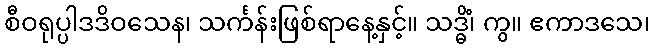
စီဝရုပ္ပါဒဒိဝသေန၊ သင်္ကန်းဖြစ်ရာနေ့နှင့်။ သဒ္ဓိံ၊ ကွ။ ဧကာဒသေ၊